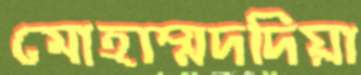
মোহাম্মদদিয়া